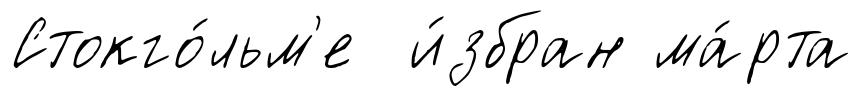
Стокго́льм'е и́збран ма́рта